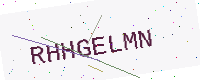
Text: RHHGELMN